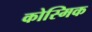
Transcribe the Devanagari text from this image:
कोस्मिक